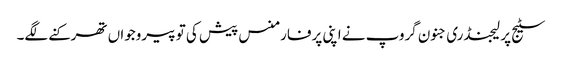
سٹیج پر لیجنڈری جنون گروپ نے اپنی پرفارمنس پیش کی تو پیروجواں تھرکنے لگے۔